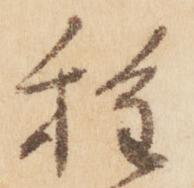
種